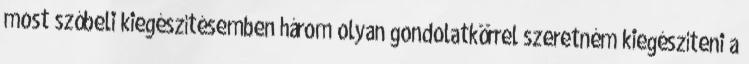
most szóbeli kiegészítésemben három olyan gondolatkörrel szeretném kiegészíteni a